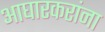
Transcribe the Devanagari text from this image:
आघारकरांना